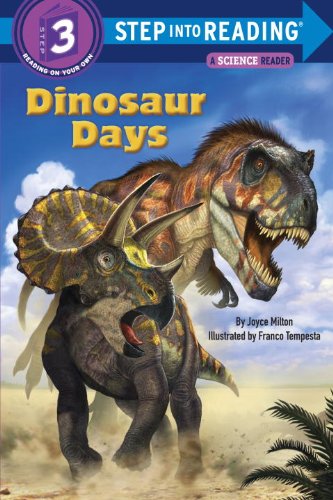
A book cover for Dinosaur Days (Step into Reading); Joyce Milton; Children's Books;